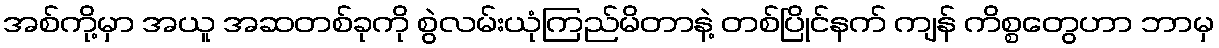
အစ်ကို့မှာ အယူ အဆတစ်ခုကို စွဲလမ်းယုံကြည်မိတာနဲ့ တစ်ပြိုင်နက် ကျန် ကိစ္စတွေဟာ ဘာမှ